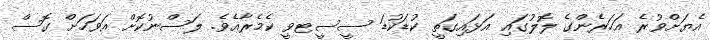
އެޔަށްވުރެ އަހަރެންގެ ލޮލުގައި އަޅައިގަތީ ކުޑަކުޑަ ސީސީޓވީ ކެމެރާއެވެ. ލަސްނުކޮށް އަވަހަށް ގޮސް